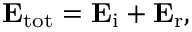
\mathbf { E } _ { \mathrm { t o t } } = \mathbf { E } _ { \mathrm { i } } + \mathbf { E } _ { \mathrm { r } } ,